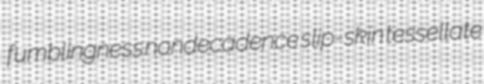
fumblingness nondecadence slip-skin tessellate